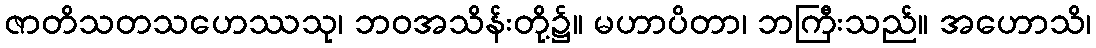
ဇာတိသတသဟေဿသု၊ ဘဝအသိန်းတို့၌။ မဟာပိတာ၊ ဘကြီးသည်။ အဟောသိ၊